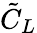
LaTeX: \tilde{C}_{L}